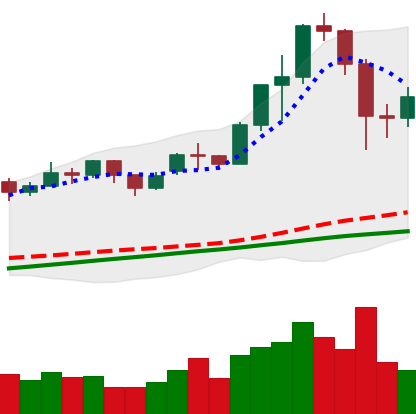
Ticker: ETH-USD
Chart end date: 2020-11-28
Forward return: 14.581%
Label: up_7plus